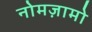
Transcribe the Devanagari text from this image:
नोमज़ामो